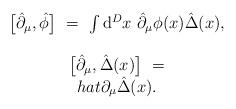
LaTeX: \begin{align*}\begin{array}{c}\big[\hat{\partial}_\mu,\hat{\phi}\big] \ = \ \int\mathrm{d}^Dx \ \hat{\partial}_\mu\phi(x)\hat{\Delta}(x),\\\\\big[\hat{\partial}_\mu,\hat{\Delta}(x)\big] \ = \\hat{\partial}_\mu\hat{\Delta}(x).\end{array}\end{align*}